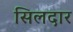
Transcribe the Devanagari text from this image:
सिलदार